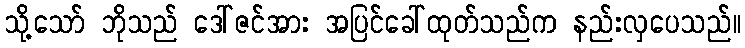
သို့သော် ဘိုသည် ဒေါ်ဇင်အား အပြင်ခေါ်ထုတ်သည်က နည်းလှပေသည်။